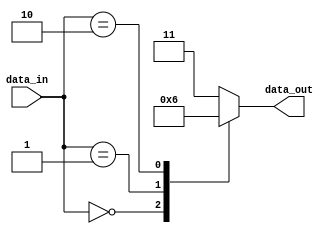
module unique_case_block (
    input wire [3:0] data_in,
    output reg [1:0] data_out
);

always @* begin
    case(data_in)
        4'b0000: begin
            data_out <= 2'b00;
        end
        4'b0001: begin
            data_out <= 2'b01;
        end
        4'b0010: begin
            data_out <= 2'b10;
        end
        default: begin
            data_out <= 2'b11;
        end
    endcase
end

endmodule